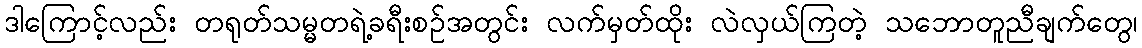
ဒါကြောင့်လည်း တရုတ်သမ္မတရဲ့ခရီးစဉ်အတွင်း လက်မှတ်ထိုး လဲလှယ်ကြတဲ့ သဘောတူညီချက်တွေ၊